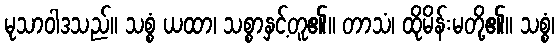
မုသာဝါဒသည်။ သစ္စံ ယထာ၊ သစ္စာနှင့်တူ၏။ တာသံ၊ ထိုမိန်းမတို့၏။ သစ္စံ၊